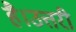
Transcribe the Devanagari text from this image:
है।उत्तरी